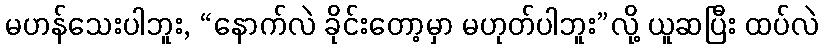
မဟန်သေးပါဘူး, “နောက်လဲ ခိုင်းတော့မှာ မဟုတ်ပါဘူး”လို့ ယူဆပြီး ထပ်လဲ